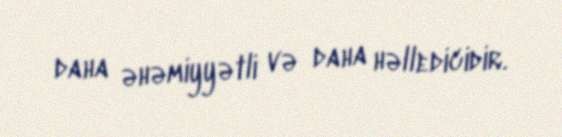
daha əhəmiyyətli və daha həlledicidir.